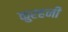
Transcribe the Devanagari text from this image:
कुरहनी